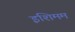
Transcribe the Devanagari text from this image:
इशिमम